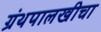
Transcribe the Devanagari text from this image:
ग्रंथपालखीचा